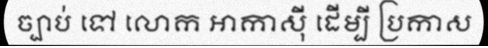
ច្បាប់ ទៅ លោក អាកាស៊ី ដើម្បី ប្រកាស